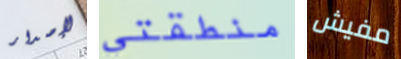
لإصدار منطقتي مفيش